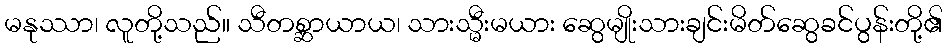
မနုဿာ၊ လူတို့သည်။ သီတစ္ဆာယာယ၊ သားသ္မီးမယား ဆွေမျိုးသားချင်းမိတ်ဆွေခင်ပွန်းတို့၏